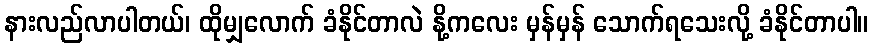
နားလည်လာပါတယ်၊ ထိုမျှလောက် ခံနိုင်တာလဲ နို့ကလေး မှန်မှန် သောက်ရသေးလို့ ခံနိုင်တာပါ။